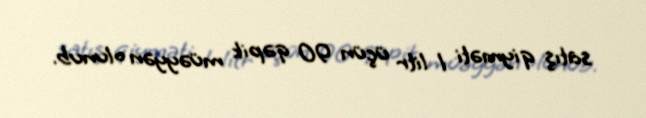
satış qiyməti 1 litr üçün 90 qəpik müəyyən olunub.